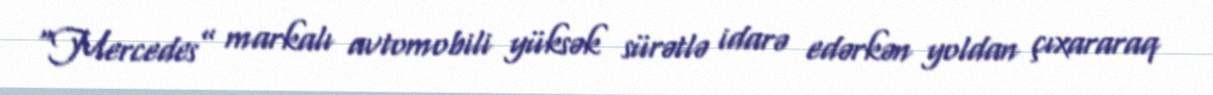
“Mercedes” markalı avtomobili yüksək sürətlə idarə edərkən yoldan çıxararaq